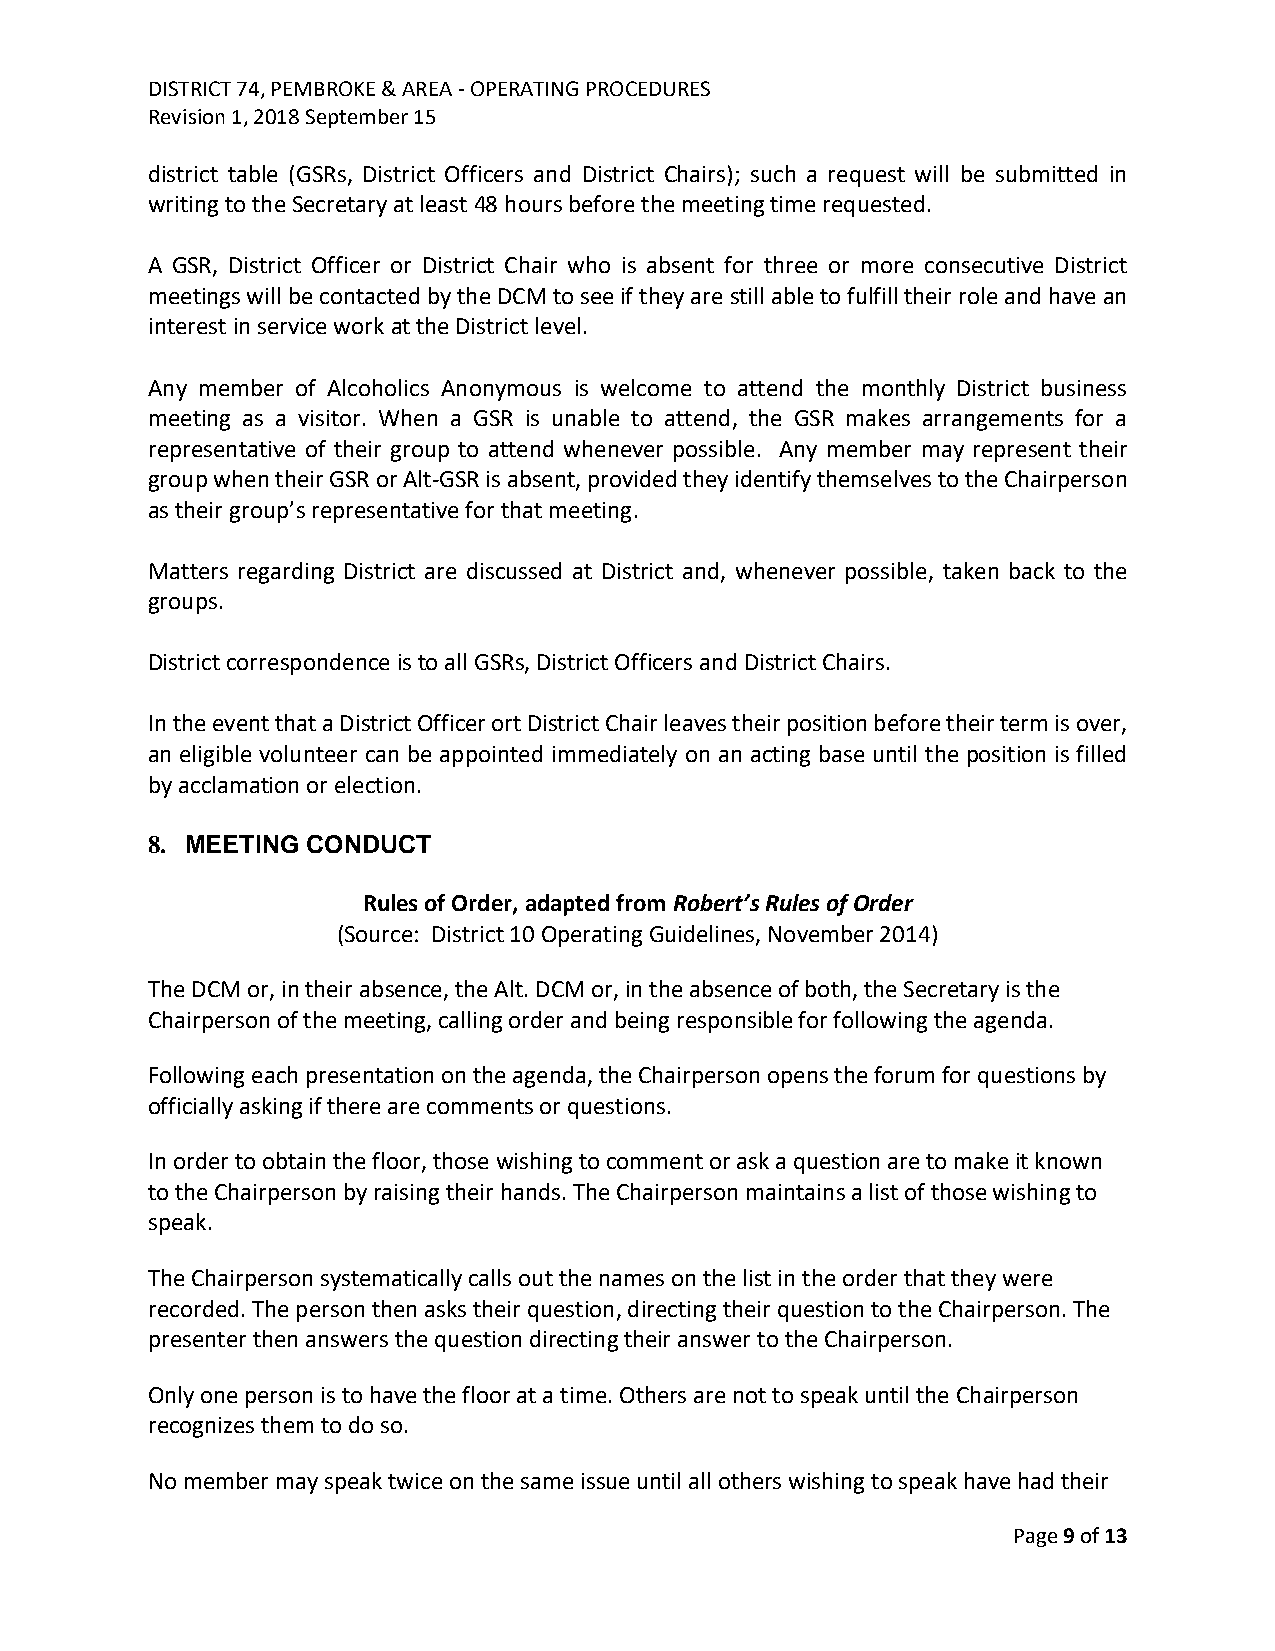
DISTRICT 74, PEMBROKE & AREA - OPERATING PROCEDURES
 Revision 1, 2018 September 15
 district table (GSRs, District Officers and District Chairs); such a request will be submitted in
 writing to the Secretary at least 48 hours before the meeting time requested.
 A GSR, District Officer or District Chair who is absent for three or more consecutive District
 meetings will be contacted by the DCM to see if they are still able to fulfill their role and have an
 interest in service work at the District level.
 Any member of Alcoholics Anonymous is welcome to attend the monthly District business
 meeting as a visitor. When a GSR is unable to attend, the GSR makes arrangements for a
 representative of their group to attend whenever possible. Any member may represent their
 group when their GSR or Alt-GSR is absent, provided they identify themselves to the Chairperson
 as their group’s representative for that meeting.
 Matters regarding District are discussed at District and, whenever possible, taken back to the
 groups.
 District correspondence is to all GSRs, District Officers and District Chairs.
 In the event that a District Officer ort District Chair leaves their position before their term is over,
 an eligible volunteer can be appointed immediately on an acting base until the position is filled
 by acclamation or election.
 8. MEETING CONDUCT
 Rules of Order, adapted from Robert’s Rules of Order
 (Source: District 10 Operating Guidelines, November 2014)
 The DCM or, in their absence, the Alt. DCM or, in the absence of both, the Secretary is the
 Chairperson of the meeting, calling order and being responsible for following the agenda.
 Following each presentation on the agenda, the Chairperson opens the forum for questions by
 officially asking if there are comments or questions.
 In order to obtain the floor, those wishing to comment or ask a question are to make it known
 to the Chairperson by raising their hands. The Chairperson maintains a list of those wishing to
 speak.
 The Chairperson systematically calls out the names on the list in the order that they were
 recorded. The person then asks their question, directing their question to the Chairperson. The
 presenter then answers the question directing their answer to the Chairperson.
 Only one person is to have the floor at a time. Others are not to speak until the Chairperson
 recognizes them to do so.
 No member may speak twice on the same issue until all others wishing to speak have had their
 Page 9 of 13